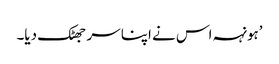
’ہونہہ اس نے اپنا سر جھٹک دیا۔